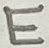
Text: E